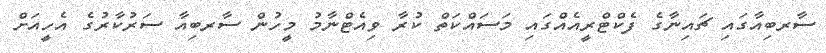
ސާރބިއާގައި ޗައިނާގެ ފެކްޓްރީއެއްގައި މަސައްކަތް ކުރާ ވިއެޓްނާމު މީހުން ސާރބިއާ ސަރުކާރުގެ އެހީއަށް